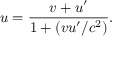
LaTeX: u = { \frac { v + u ^ { \prime } } { 1 + ( v u ^ { \prime } / c ^ { 2 } ) } } .